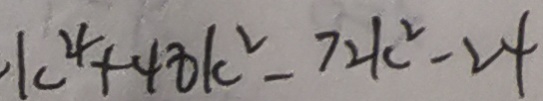
\cdot k ^ { 4 } + 4 8 k ^ { 2 } - 7 2 k ^ { 2 } - 2 4